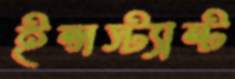
ইন্সস্ট্যান্ট